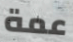
عمة